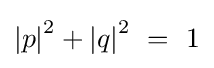
\left|p\right|^{2}+\left|q\right|^{2}\ =\ 1